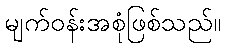
မျက်ဝန်းအစုံဖြစ်သည်။